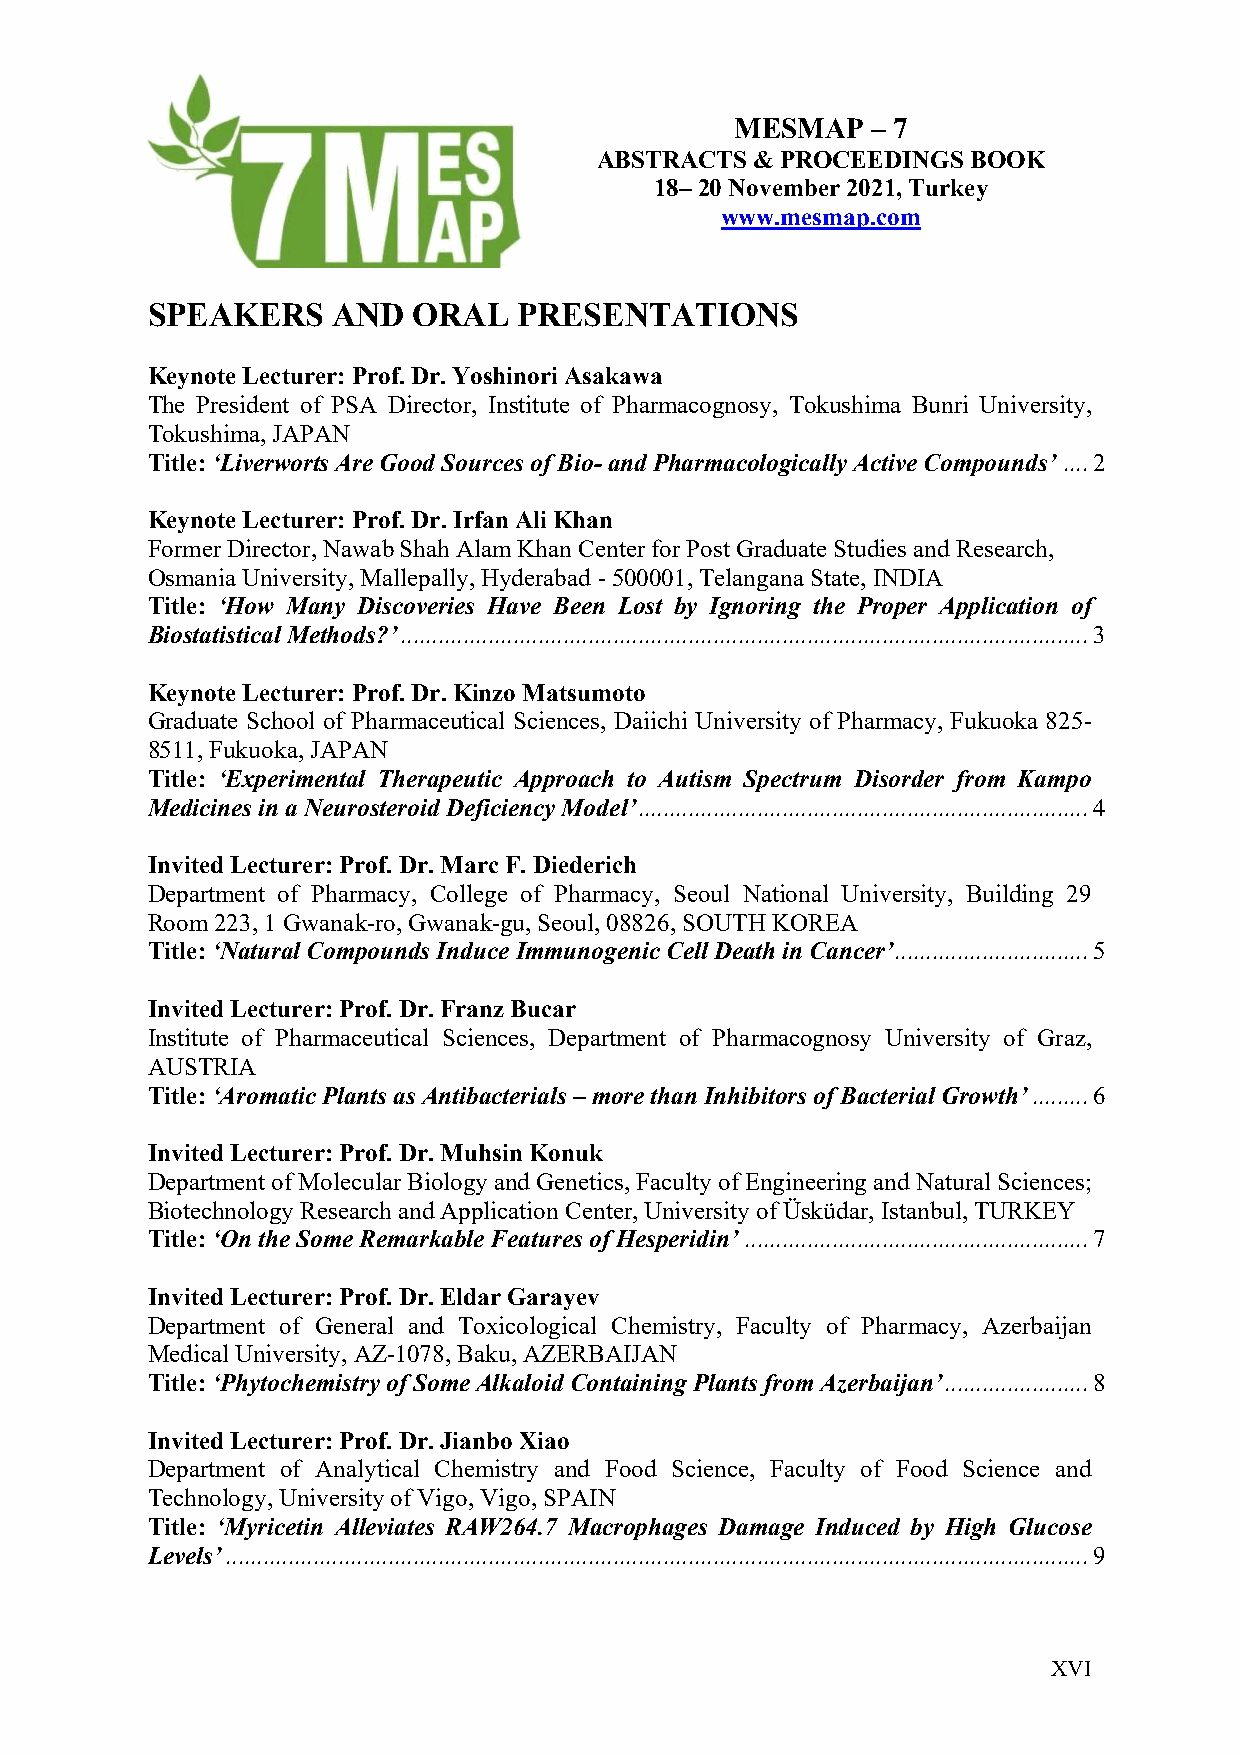
MESMAP   – 7
 ABSTRACTS & PROCEEDINGS BOOK
 18– 20 November 2021, Turkey
 www.mesmap.com
 SPEAKERS    AND  ORAL   PRESENTATIONS
 Keynote Lecturer: Prof. Dr. Yoshinori Asakawa
 The President of PSA Director, Institute of Pharmacognosy, Tokushima Bunri University,
 Tokushima, JAPAN
 Title: ‘Liverworts Are Good Sources of Bio- and Pharmacologically Active Compounds’ .... 2
 Keynote Lecturer: Prof. Dr. Irfan Ali Khan
 Former Director, Nawab Shah Alam Khan Center for Post Graduate Studies and Research,
 Osmania University, Mallepally, Hyderabad - 500001, Telangana State, INDIA
 Title: ‘How Many Discoveries Have Been Lost by Ignoring the Proper Application of
 Biostatistical Methods?’ .............................................................................................................. 3
 Keynote Lecturer: Prof. Dr. Kinzo Matsumoto
 Graduate School of Pharmaceutical Sciences, Daiichi University of Pharmacy, Fukuoka 825-
 8511, Fukuoka, JAPAN
 Title: ‘Experimental Therapeutic Approach to Autism Spectrum Disorder from Kampo
 Medicines in a Neurosteroid Deficiency Model’ ........................................................................ 4
 Invited Lecturer: Prof. Dr. Marc F. Diederich
 Department of Pharmacy, College of Pharmacy, Seoul National University, Building 29
 Room 223, 1 Gwanak-ro, Gwanak-gu, Seoul, 08826, SOUTH KOREA
 Title: ‘Natural Compounds Induce Immunogenic Cell Death in Cancer’ ............................... 5
 Invited Lecturer: Prof. Dr. Franz Bucar
 Institute of Pharmaceutical Sciences, Department of Pharmacognosy University of Graz,
 AUSTRIA
 Title: ‘Aromatic Plants as Antibacterials – more than Inhibitors of Bacterial Growth’ ......... 6
 Invited Lecturer: Prof. Dr. Muhsin Konuk
 Department of Molecular Biology and Genetics, Faculty of Engineering and Natural Sciences;
 Biotechnology Research and Application Center, University of Üsküdar, Istanbul, TURKEY
 Title: ‘On the Some Remarkable Features of Hesperidin’ ....................................................... 7
 Invited Lecturer: Prof. Dr. Eldar Garayev
 Department of General and Toxicological Chemistry, Faculty of Pharmacy, Azerbaijan
 Medical University, AZ-1078, Baku, AZERBAIJAN
 Title: ‘Phytochemistry of Some Alkaloid Containing Plants from Azerbaijan’ ....................... 8
 Invited Lecturer: Prof. Dr. Jianbo Xiao
 Department of Analytical Chemistry and Food Science, Faculty of Food Science and
 Technology, University of Vigo, Vigo, SPAIN
 Title: ‘Myricetin Alleviates RAW264.7 Macrophages Damage Induced by High Glucose
 Levels’ .......................................................................................................................................... 9
 X VI